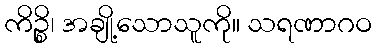
ကိဉ္စိ၊ အချို့သောသူကို။ သရဏာဂဝ